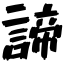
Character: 諦